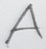
Text: A